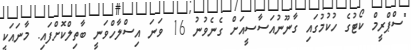
"ސްޕްރީމް ކޯޓުގެ ހުކުމުގައި ގާނޫނުއަސާސީއަށް ގެނެވުނު 16 ވަނަ އިސްލާހްވަނީ ބާތިލްކޮށްފައި. މާނައަކީ